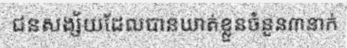
ជនសង្ស័យដែលបានឃាត់ខ្លួនចំនួន៣នាក់